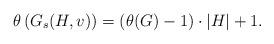
LaTeX: \begin{align*}\theta \left(G_s(H,v)\right)=\left(\theta(G)-1\right)\cdot \vert H\vert+1.\end{align*}